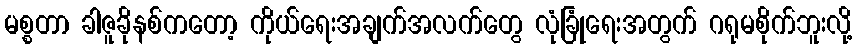
မစ္စတာ ခါဇူခိုနစ်ကတော့ ကိုယ်ရေးအချက်အလက်တွေ လုံခြုံရေးအတွက် ဂရုမစိုက်ဘူးလို့